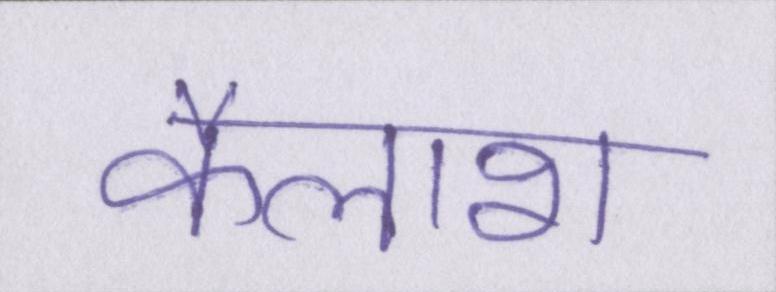
कैलाश